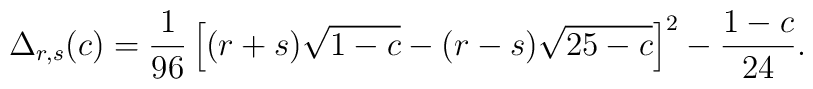
\Delta_{r,s}(c)=\frac{1}{96}\left[(r+s)\sqrt{1-c}-(r-s)\sqrt{25-c}\right]^{2}-\frac{1-c}{24} .